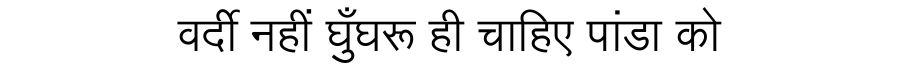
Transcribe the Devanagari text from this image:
वर्दी नहीं घुँघरू ही चाहिए पांडा को